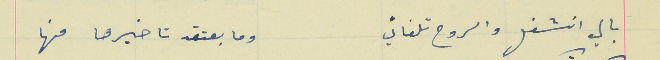
بالي انشغل والروح تلفاني                                         وما بعتقد تاخيرها منها